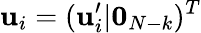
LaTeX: \mathbf{u}_{i}=(\mathbf{u}_{i}^{\prime}|\mathbf{0}_{N-k})^{T}